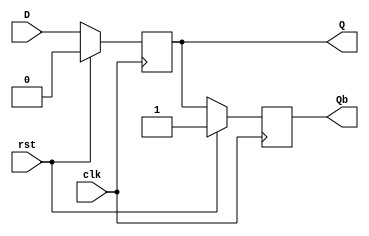
module D_fflop(D,clk,rst,Q,Qb);

    input D,clk,rst;
    output reg Q,Qb;

    always @(posedge clk) begin
      
      if (rst == 1'b1) begin
            Q <=1'b0;
      end
      else begin

            Q <= D;
      end  

    end

always @(posedge clk) begin
      
      if (rst == 1'b1) begin
            Qb <=1'b1;
      end
      else begin

            Qb <= Q;
      end

    end    

endmodule